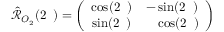
\begin{array} { r } { \hat { \mathcal { R } } _ { O _ { 2 } } ( 2 { \it \Delta \phi } ) = \left( \begin{array} { c c } { \cos ( 2 { \it \Delta \phi } ) } & { - \sin ( 2 { \it \Delta \phi } ) } \\ { \sin ( 2 { \it \Delta \phi } ) } & { \ \ \ \cos ( 2 { \it \Delta \phi } ) } \end{array} \right) } \end{array}